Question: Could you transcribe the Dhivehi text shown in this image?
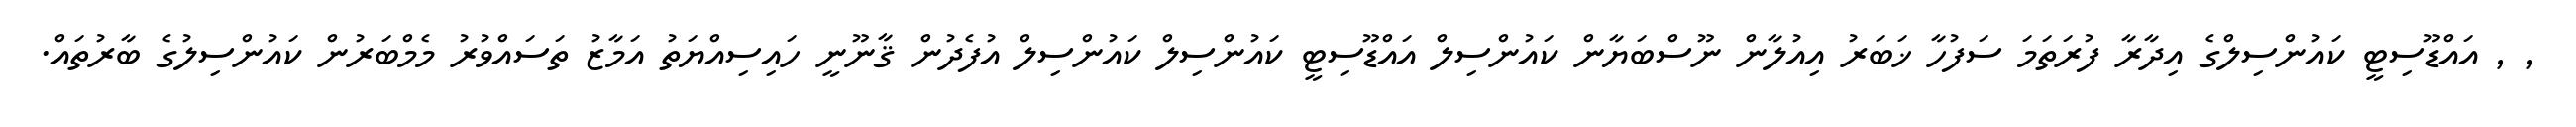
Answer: , , އައްޑޫސިޓީ ކައުންސިލްގެ އިދާރާ ފުރަތަމަ ސަފުހާ ޚަބަރު އިއުލާން ނޫސްބަޔާން ކައުންސިލް އައްޑޫސިޓީ ކައުންސިލް ކައުންސިލް އުފެދުން ޤާނޫނީ ހައިސިއްޔަތު އަމާޒު ތަސައްވުރު މެމްބަރުން ކައުންސިލުގެ ބާރުތައް.